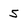
Character: 5